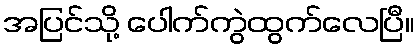
အပြင်သို့ ပေါက်ကွဲထွက်လေပြီ။